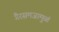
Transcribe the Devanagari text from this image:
गैरसमजामुळं